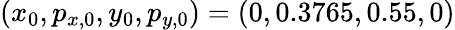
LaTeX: (x_{0},p_{x,0},y_{0},p_{y,0})=(0,0.3765,0.55,0)